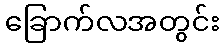
ခြောက်လအတွင်း